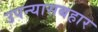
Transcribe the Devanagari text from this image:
उपन्यासबहार